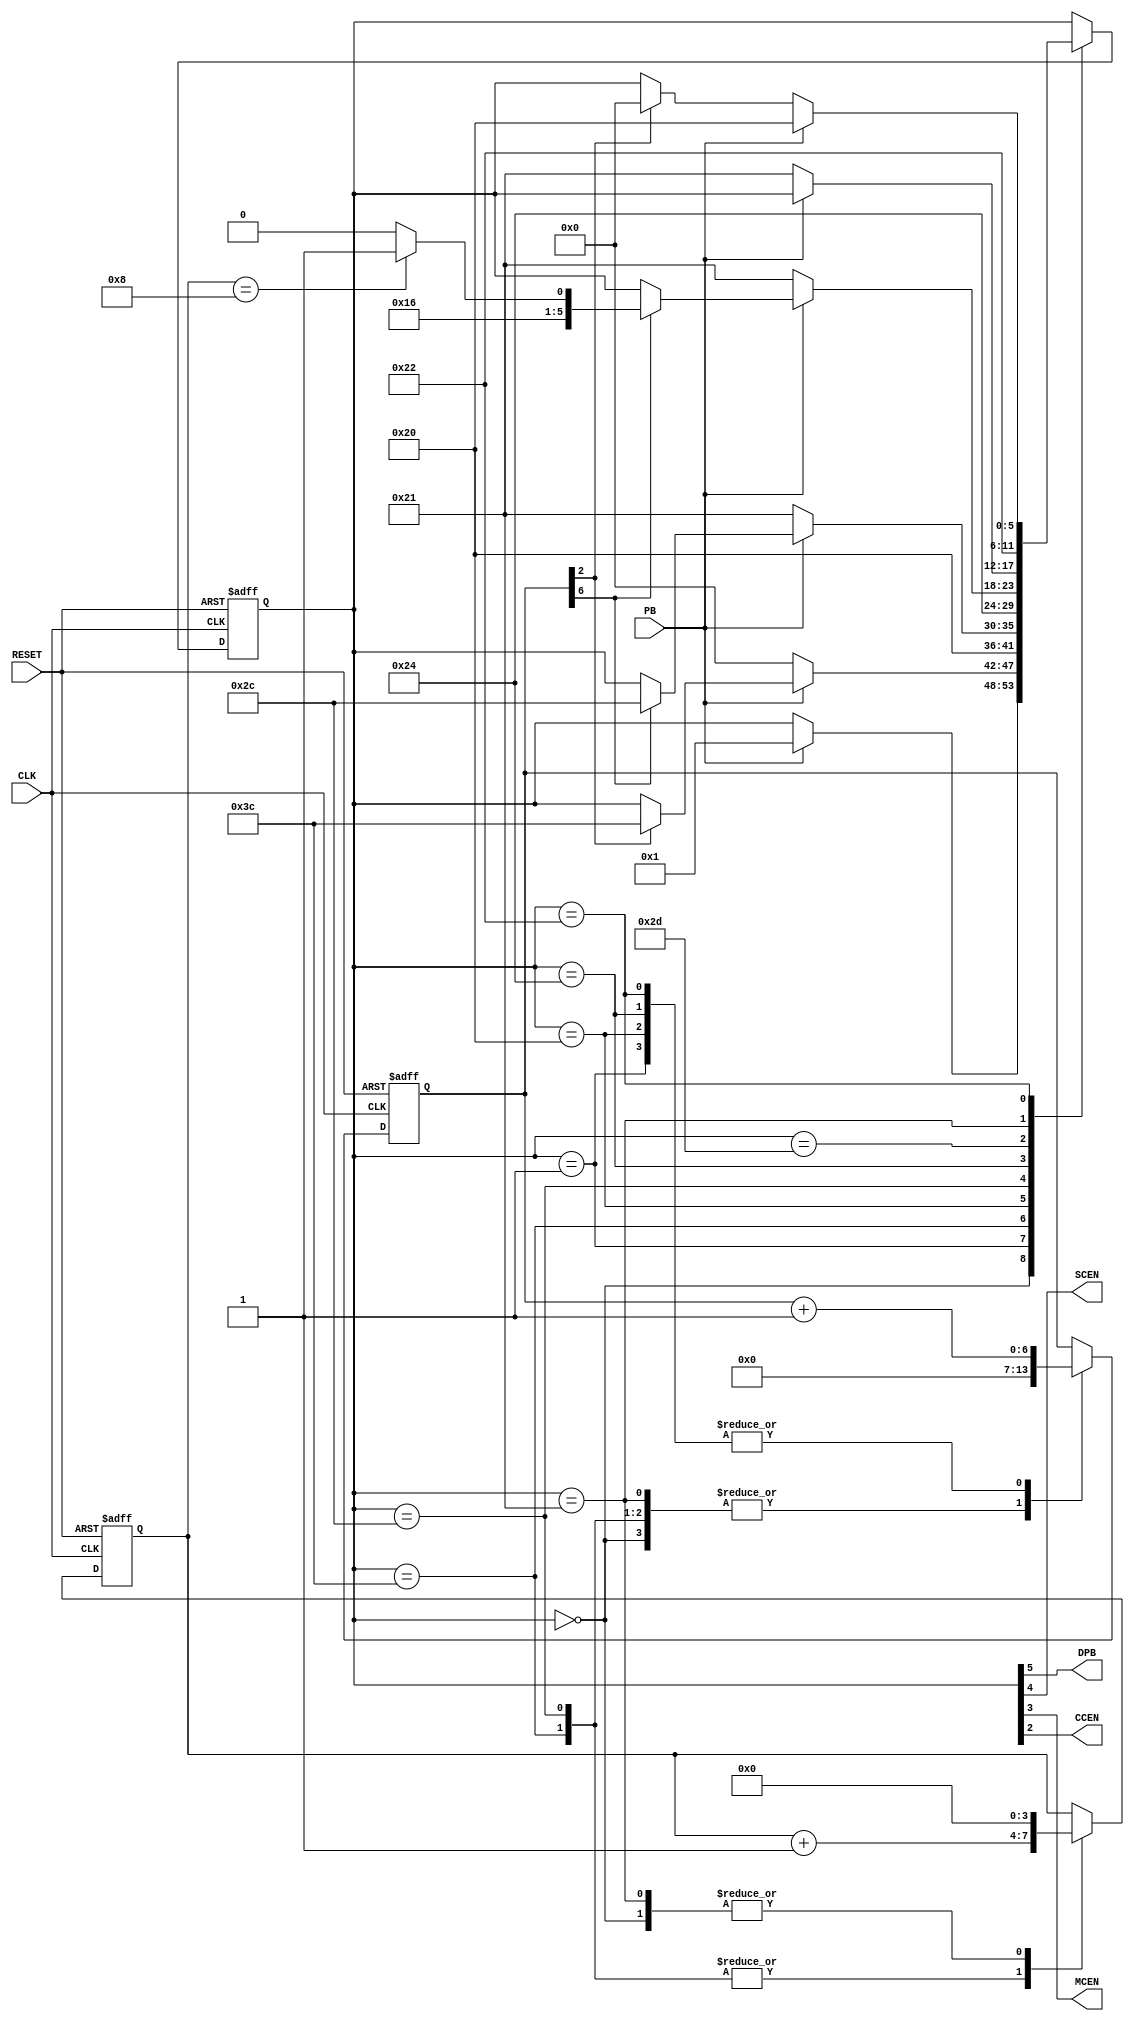
// Verilog module: button debouncer
// Based off of skeleton code given in my class

`timescale 1ns / 100ps

module debouncer(CLK, RESET, PB, DPB, SCEN, MCEN, CCEN);

//inputs
input	CLK, RESET;
input PB;

//outputs
output DPB;
output SCEN, MCEN, CCEN;

//parameters
parameter N_dc = 7;

//local variables
// the next line is an attribute specification allowed by Verilog 2001.
// The "* fsm_encoding = "user" *"  tells XST synthesis tool that the user chosen
// codes are retained. This is essential for our carefully chosen output-coding to
// prevail and make the OFL "null" there by ensuring that the outputs will not have
// glitches. Frankly, it is not needed as we are not using these SCEN and MCEN pulses
// as clock pulses. We are rather using them as enable pulses enabling the clock
// (or more appropriately enabling the data).

(* fsm_encoding = "user" *)
reg [5:0] state;
// other items not controlledd by the special atribute
reg [N_dc-1:0] debounce_count;
reg [3:0] MCEN_count;

//concurrent signal assignment statements
// The following is possible because of the output coding used by us.
assign {DPB, SCEN, MCEN, CCEN} = state[5:2];

//constants used for state naming // the don't cares are replaced here with zeros
localparam
 INI        = 6'b000000,
 W84        = 6'b000001,
 SCEN_st    = 6'b111100,
 WS         = 6'b100000,
 MCEN_st    = 6'b101100,
 CCEN_st    = 6'b100100,
 MCEN_cont  = 6'b101101,
 CCR        = 6'b100001,
 WFCR       = 6'b100010;

//logic
always @ (posedge CLK, posedge RESET)
	begin : State_Machine

		if (RESET)
		   begin
		      state <= INI;
		      debounce_count <= 'bx;
		      MCEN_count <= 4'bx;
		   end
		else
		   begin
			   case (state)

				   INI: begin
					     debounce_count <= 0;
					     MCEN_count <= 0;
					     if (PB)
						   begin
							   state <= W84;
						   end
			            end

			       W84: begin
					     debounce_count <= debounce_count + 1;
			             if (!PB)
			              begin
			                state <= INI;
			              end
				         else if (debounce_count[N_dc-5])// for N_dc of 28, it is debounce_count[23], i.e T = 0.084 sec for f = 100MHz
				          begin
				            state <= SCEN_st;
				          end
				        end

				   SCEN_st: begin
					     debounce_count <= 0;
				         MCEN_count <= MCEN_count + 1;
				         state <= WS;
				        end

				   WS:  begin
					     debounce_count <= debounce_count + 1;
				         if (!PB)
				           begin
							state <= CCR;
						   end
				         else if (debounce_count[N_dc-1])// for N_dc of 28, it is debounce_count[27], i.e T = 1.342 sec for f = 100MHz
				           begin
						    state <= MCEN_st;
						   end
				        end

				   MCEN_st: begin
					     debounce_count <= 0;
				         MCEN_count <= MCEN_count + 1;
				         state <= CCEN_st;
				        end

				   CCEN_st: begin
					     debounce_count <= debounce_count + 1;
				         if (!PB)
				          begin
						   state <= CCR;
						  end
				         else if (debounce_count[N_dc-1])// for N_dc of 28, it is debounce_count[27], i.e T = 1.342 sec for f = 100MHz
				          begin
				            if (MCEN_count == 4'b1000)
				                begin
									state <= MCEN_cont;
								end
				            else
				                begin
									state <= MCEN_st;
								end
				          end
				        end

				   MCEN_cont: begin
					     if (!PB)
				          begin
						   state <= CCR;
						  end
				        end

				   CCR: begin
					     debounce_count <= 0;
				         MCEN_count <= 0;
				         state <= WFCR;
				        end

				   WFCR: begin
					     debounce_count <= debounce_count + 1;
				         if (PB)
				           begin
							state <= WS;
						   end
				         else if (debounce_count[N_dc-5])// for N_dc of 28, it is debounce_count[23], i.e T = 0.084 sec for f = 100MHz
				           begin
							state <= INI;
						   end
				         end
				endcase
	      end
	end // State_Machine

endmodule // ee354_debouncer